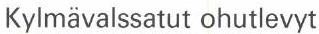
Kylmävalssatut ohutlevyt